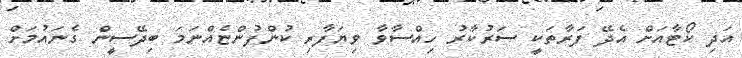
އަދި ކޯޓާއަށް އެދޭ ފަރާތަކީ ސަރުކާރު ހިއްސާވާ ވިޔަފާރި ކުންފުންޏެއްނަމަ ބިދޭސީން ގެނައުމަށް